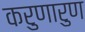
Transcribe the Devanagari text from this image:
करुणारुण